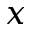
x